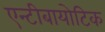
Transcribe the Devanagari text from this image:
एन्टीबायोटिक